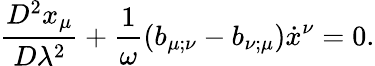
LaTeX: \frac{D^{2}x_{\mu}}{D\lambda^{2}}+\frac{1}{\omega}\left(b_{\mu;\nu}-b_{\nu;\mu}\right)\dot{x}^{\nu}=0.